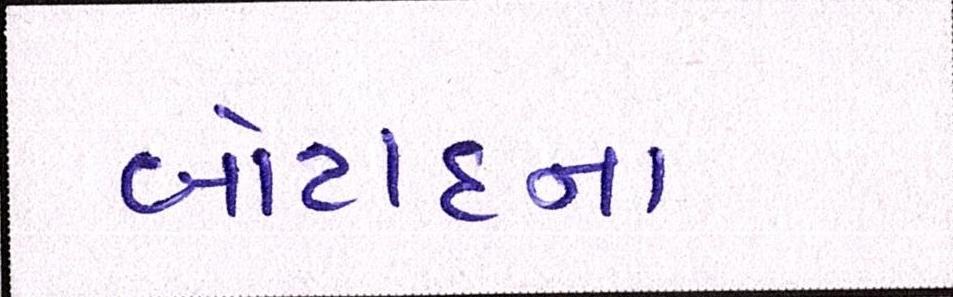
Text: બોટાદના